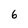
Character: 6